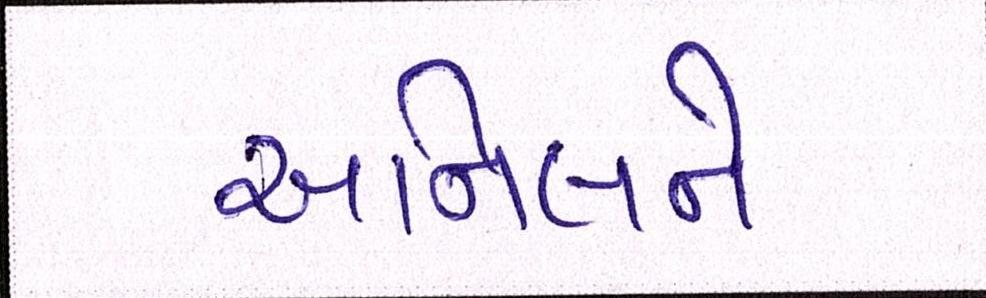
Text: અનિલને